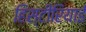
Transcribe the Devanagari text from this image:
हिस्टीरियाई